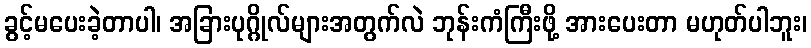
ခွင့်မပေးခဲ့တာပါ၊ အခြားပုဂ္ဂိုလ်များအတွက်လဲ ဘုန်းကံကြီးဖို့ အားပေးတာ မဟုတ်ပါဘူး၊